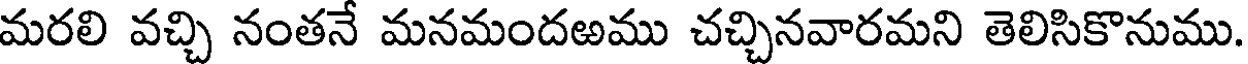
మరలి వచ్చి నంతనే మనమందఱము చచ్చినవారమని తెలిసికొనుము